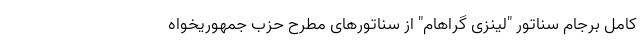
کامل برجام سناتور "لینزی گراهام" از سناتورهای مطرح حزب جمهوریخواه